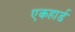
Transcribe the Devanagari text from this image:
एकहार्ड